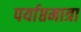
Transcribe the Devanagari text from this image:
पर्याप्तमात्रा